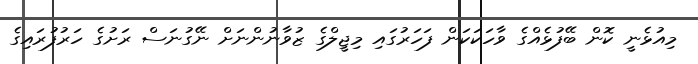
މިއުޅެނީ ކޮން ބޭފުޅެއްގެ ވާހަކަކަން ފަހަރުގައި މިޖީލްގެ ޒުވާނުންނަށް ނޭގުނަސް ރަށުގެ ހަރުފުރައިގެ